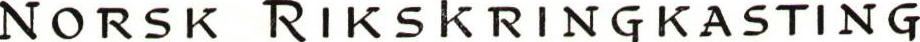
NORSK RIKSKRINGKASTING